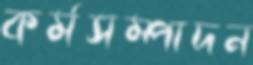
কর্মসম্পাদন